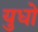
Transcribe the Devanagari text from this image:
युधो